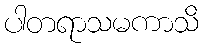
ပါတရာသမကာသိ